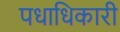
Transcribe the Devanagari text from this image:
पधाधिकारी